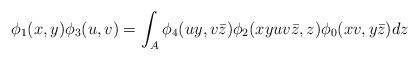
LaTeX: \begin{align*} \phi_1(x,y)\phi_3(u,v) =\int_{A} \phi_4(uy,v\bar z) \phi_2(xyuv\bar z,z) \phi_0(xv,y\bar z)dz\end{align*}